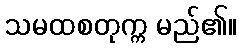
သမထစတုက္က မည်၏။